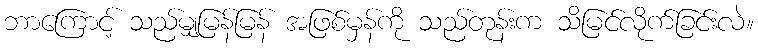
ဘာကြောင့် သည်မျှမြန်မြန် အဖြစ်မှန်ကို သည်တုန်းက သိမြင်လိုက်ခြင်းလဲ။